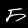
Label: 5